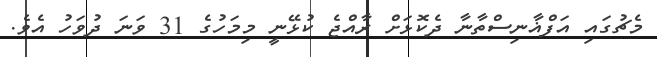
މެޗުގައި އަފްޣާނިސްތާނާ ދެކޮޅަށް ރާއްޖެ ކުޅޭނީ މިމަހުގެ 31 ވަނަ ދުވަހު އެވެ.